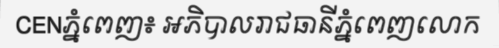
CENភ្នំពេញ៖ អភិបាលរាជធានីភ្នំពេញលោក